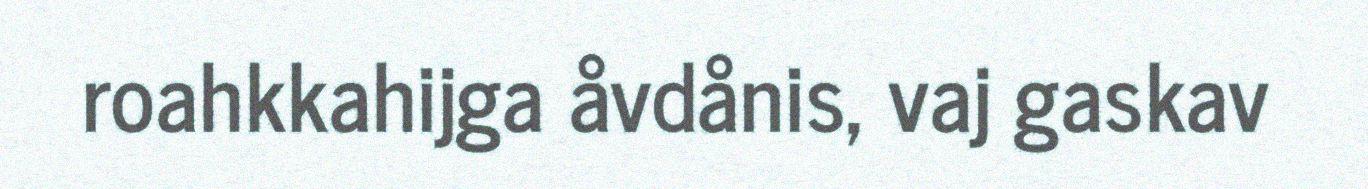
roahkkahijga åvdånis, vaj gaskav